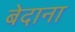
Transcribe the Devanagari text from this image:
बेदाना